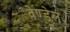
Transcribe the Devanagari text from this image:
वेण्डेल